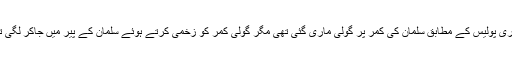
داداری پولیس کے مطابق سلمان کی کمر پر گولی ماری گئی تھی مگر گولی کمر کو زخمی کرتے ہوئے سلمان کے پیر میں جاکر لگی تھی۔